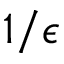
1 / \epsilon